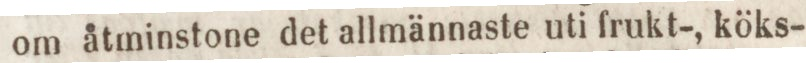
om åtminstone det allmännaste uti frukt-, köks-